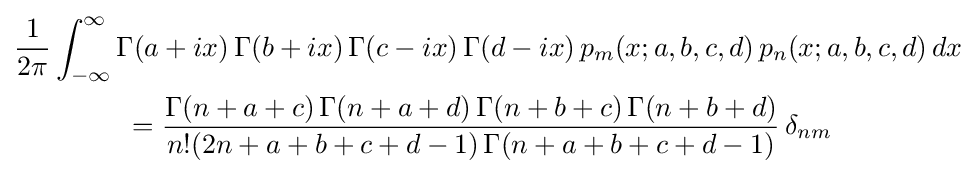
{\begin{aligned}&{\frac {1}{2\pi }}\int _{-\infty }^{\infty }\Gamma (a+ix)\,\Gamma (b+ix)\,\Gamma (c-ix)\,\Gamma (d-ix)\,p_{m}(x;a,b,c,d)\,p_{n}(x;a,b,c,d)\,dx\\&\qquad \qquad ={\frac {\Gamma (n+a+c)\,\Gamma (n+a+d)\,\Gamma (n+b+c)\,\Gamma (n+b+d)}{n!(2n+a+b+c+d-1)\,\Gamma (n+a+b+c+d-1)}}\,\delta _{nm}\end{aligned}}